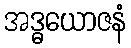
အဒ္ဓယောဇနံ